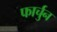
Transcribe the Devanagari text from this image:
फार्चुन